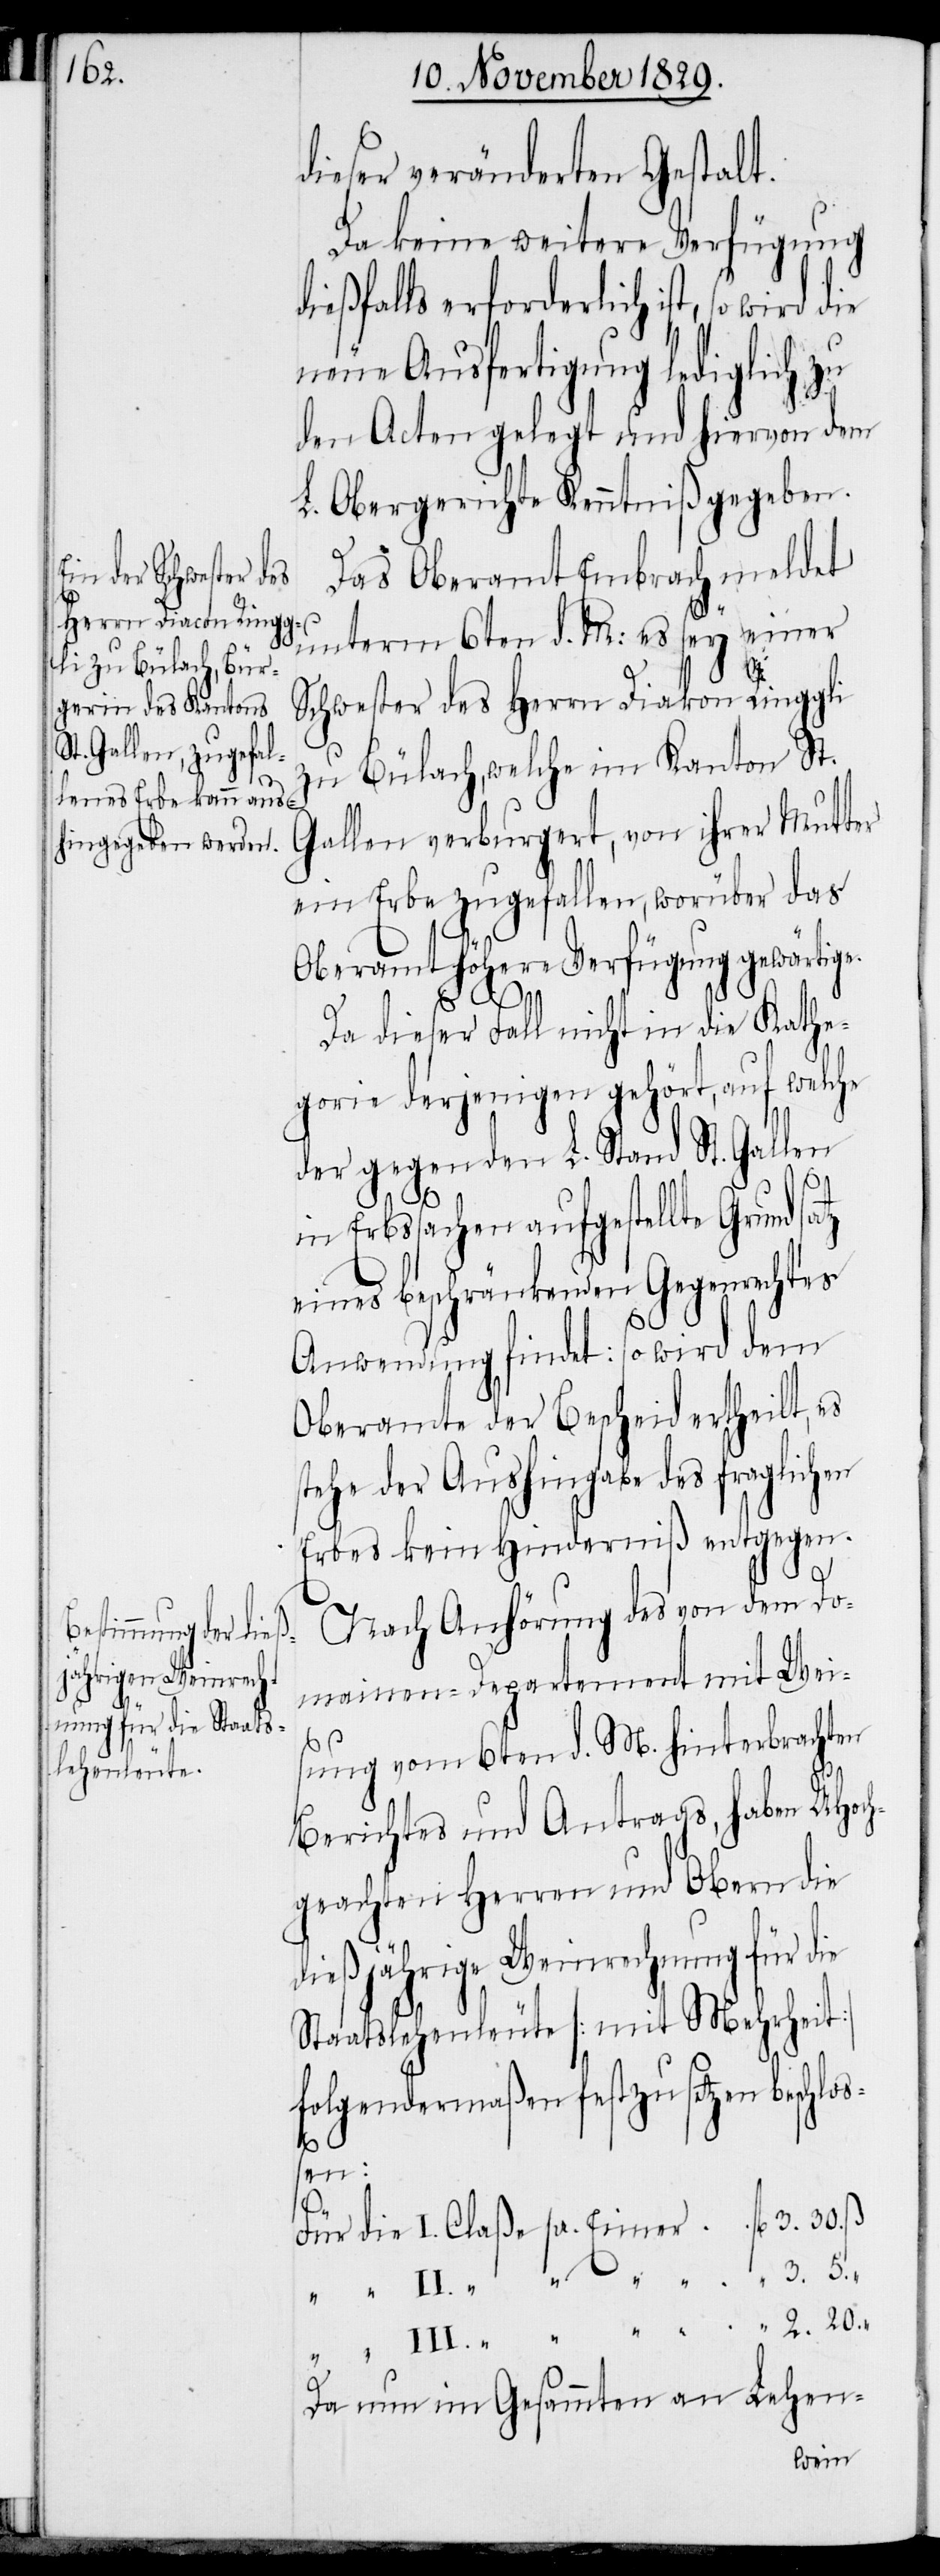
dieser veränderten Gestalt.
Da keine weitere Verfügung
dießfalls erforderlich ist, so wird die
neue Ausfertigung lediglich zu
den Acten gelegt und hiervon dem
L. Obergerichte Kenntniß gegeben.
Das Oberamt Embrach meldet
unterm 6ten d. M: es sey einer
Schwester des Herrn Diakon Ringgli
zu Bülach, welche im Kanton St.
Gallen verburgert, von ihrer Mutter
ein Erbe zugefallen, worüber das
Oberamt höhere Verfügung gewärtige.
2.
20.
ß
“
Da dieser Fall nicht in die Kathe¬
gorie derjenigen gehört, auf welche
der gegen den L. Stand St. Gallen
in Erbsachen aufgestellte Grundsa¬
eines beschränkenden Gegenrechtes
Anwendung findet: so wird dem
Oberamte der Bescheid ertheilt, es
tehe der Aushingabe des fraglichen
Erbes kein Hinderniß entgegen.
Nach Anhörung des von dem Do¬
mainen-Departement mit Weis¬
ung vom 6ten d. M. hinterbrachten
Berichtes und Antrags, haben UHoch¬
geachten Herren und Obern die
dießjährige Weinrechnung für die
Staatslehenleute [mit Mehrheit]
folgendermaßen festzusetzen beschlo¬
ßen:
Da nun im Gesammten an Lehen-